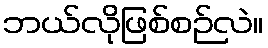
ဘယ်လိုဖြစ်စဉ်လဲ။